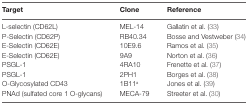
<table><thead><tr><td><b>Target</b></td><td><b>Clone</b></td><td><b>Reference</b></td></tr></thead><tbody><tr><td>L-selectin (CD62L)</td><td>MEL-14</td><td>Gallatin et al. (33)</td></tr><tr><td>P-Selectin (CD62P)</td><td>RB40.34</td><td>Bosse and Vestweber (34)</td></tr><tr><td>E-Selectin (CD62E)</td><td>10E9.6</td><td>Ramos et al. (35)</td></tr><tr><td>E-Selectin (CD62E)</td><td>9A9</td><td>Norton et al. (36)</td></tr><tr><td>PSGL-1</td><td>4RA10</td><td>Frenette et al. (37)</td></tr><tr><td>PSGL-1</td><td>2PH1</td><td>Borges et al. (38)</td></tr><tr><td>O-Glycosylated CD43</td><td>1B11<sup>a</sup></td><td>Jones et al. (39)</td></tr><tr><td>PNAd (sulfated core 1 O-glycans)</td><td>MECA-79</td><td>Streeter et al. (30)</td></tr></tbody></table>